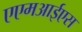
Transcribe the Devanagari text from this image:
एएमआईएस